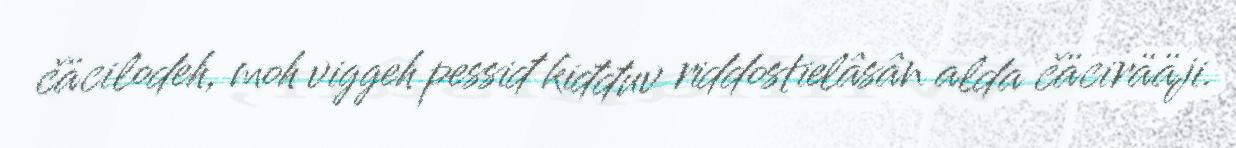
čäcilodeh, moh viggeh pessiđ kiđđuv riddostielâsân alda čäcirääji.